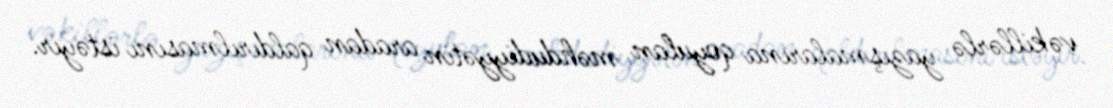
vəkillərlə yazışmalarına qoyulan məhdudiyyətin aradan qaldırılmasını istəyir.